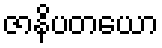
ဇာနိပတယော